Indian journal of veterinary science and animal husbandry - Volume 10,
Year: 1940
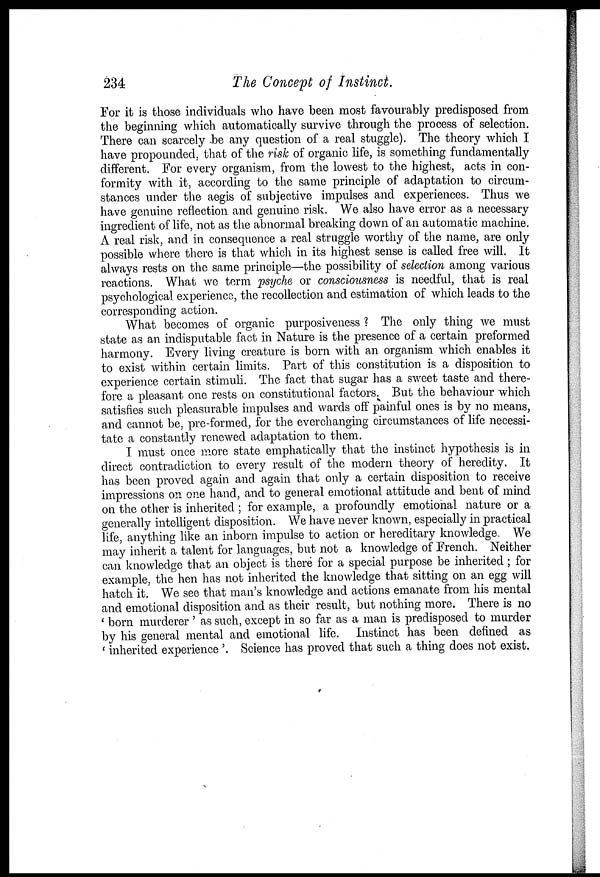
234
The Concept of Instinct.
For it is those individuals who have been most favourably predisposed from
the beginning which automatically survive through the process of selection.
There can scarcely be any question of a real stuggle). The theory which I
have propounded, that of the risk of organic life, is something fundamentally
different. For every organism, from the lowest to the highest, acts in con-
formity with it, according to the same principle of adaptation to circum-
stances under the aegis of subjective impulses and experiences. Thus we
have genuine reflection and genuine risk. We also have error as a necessary
ingredient of life, not as the abnormal breaking down of an automatic machine.
A real risk, and in consequence a real struggle worthy of the name, are only
possible where there is that which in its highest sense is called free will. It
always rests on the same principle—the possibility of selection among various
reactions. What we term psyche or consciousness is needful, that is real
psychological experience, the recollection and estimation of which leads to the
corresponding action.
What becomes of organic purposiveness ? The only thing we must
state as an indisputable fact in Nature is the presence of a certain preformed
harmony. Every living creature is born with an organism which enables it
to exist within certain limits. Part of this constitution is a disposition to
experience certain stimuli. The fact that sugar has a sweet taste and there-
fore a pleasant one rests on constitutional factors. But the behaviour which
satisfies such pleasurable impulses and wards off painful ones is by no means,
and cannot be, pre-formed, for the everchanging circumstances of life necessi-
tate a constantly renewed adaptation to them.
I must once more state emphatically that the instinct hypothesis is in
direct contradiction to every result of the modern theory of heredity. It
has been proved again and again that only a certain disposition to receive
impressions on one hand, and to general emotional attitude and bent of mind
on the other is inherited ; for example, a profoundly emotional nature or a
generally intelligent disposition. We have never known, especially in practical
life, anything like an inborn impulse to action or hereditary knowledge. We
may inherit a talent for languages, but not a knowledge of French. Neither
can knowledge that an object is there for a special purpose be inherited; for
example, the hen has not inherited the knowledge that sitting on an egg will
hatch it. We see that man's knowledge and actions emanate from his mental
and emotional disposition and as their result, but nothing more. There is no
' born murderer ' as such, except in so far as a man is predisposed to murder
by his general mental and emotional life. Instinct has been defined as
' inherited experience '. Science has proved that such a thing does not exist.